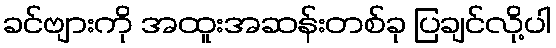
ခင်ဗျားကို အထူးအဆန်းတစ်ခု ပြချင်လို့ပါ